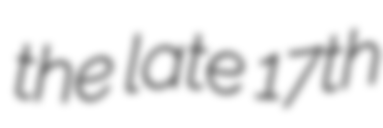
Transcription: the late 17th